Bombay plague: being a history of the progress of plague in the Bombay presidency from September 1896 to June 1899
Year: 1896
Disease focus: Plague
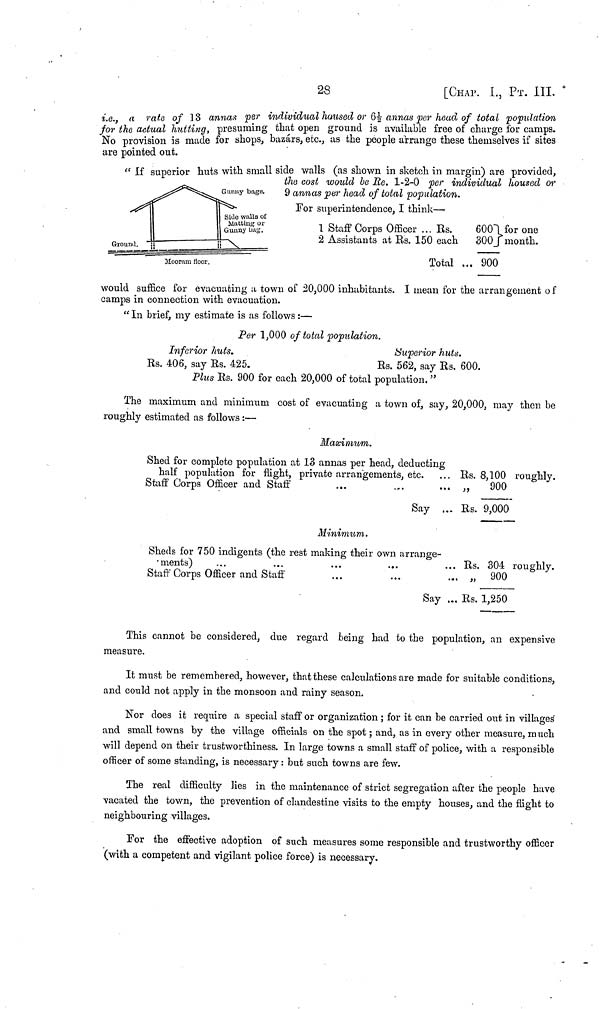
28
[CHAP. I., ΡT. III.
i.e., a rate of 13 annas per individual housed or 6½ annas per head of total population
for the actual hutting, presuming that open ground is available free of charge for camps.
No provision is made for shops, bazárs, etc., as the people arrange these themselves if sites
are pointed out.
" If superior huts with small side walls (as shown in sketch in margin) are provided,
the cost would be Re. 1-2-0 per individual housed or
9 annas per head of total population.
For superintendence, I think—
1 Staff Corps Officer ... Rs. 600} for one
2 Assistants at Rs. 150 each 300} month.
Total .... 900
would suffice for evacuating a town of 20,000 inhabitants. I mean for the arrangement of
camps in connection with evacuation.
" In brief, my estimate is as follows :—
Per 1,000 of total population.
Inferior huts.
Superior
huts.
Rs. 406, say Rs. 425.
Rs.
562, say Rs. 600.
Plus Rs. 900 for each 20,000 of total population. "
The maximum and minimum cost of evacuating a town of, say, 20,000, may then be
roughly estimated as follows :—
Maximum.
Shed for complete population at 13 annas per head, deducting
half population for flight, private arrangements, etc. ... Rs. 8,100 roughly.
Staff Corps Officer and Staff
...
....
... „
900
Say ... Rs. 9,000
Minimum.
Sheds for 750 indigents (the rest making their own arrange-
ments)
...
...
...
...
... Rs. 304 roughly.
Staff Corps Officer and Staff
...
...
... „ 900
Say ... Rs. 1,250
This cannot be considered, due regard being had to the population, an expensive
measure.
It must be remembered, however, that these calculations are made for suitable conditions,
and could not apply in the monsoon and rainy season.
Nor does it require a special staff or organization ; for it can be carried out in villages
and small towns by the village officials on the spot ; and, as in every other measure, much
will depend on their trustworthiness. In large towns a small staff of police, with a responsible
officer of some standing, is necessary : but such towns are few.
The real difficulty lies in the maintenance of strict segregation after the people have
vacated the town, the prevention of clandestine visits to the empty houses, and the flight to
neighbouring villages.
For the effective adoption of such measures some responsible and trustworthy officer
(with a competent and vigilant police force) is necessary.